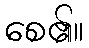
စေ၏။